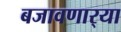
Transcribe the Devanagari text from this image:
बजावणार्‍या